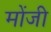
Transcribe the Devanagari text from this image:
मोंजी